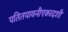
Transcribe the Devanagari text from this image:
पतितपावनीएकादशी